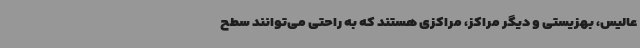
عالیس، بهزیستی و دیگر مراکز، مراکزی هستند که به راحتی می‌توانند سطح